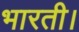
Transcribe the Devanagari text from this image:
भारती।